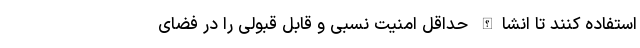
استفاده کنند تا انشاالله حداقل امنیت نسبی و قابل قبولی را در فضای